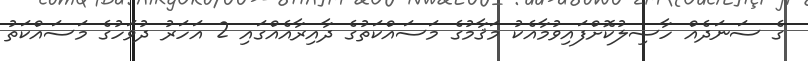
ގެ ސަނަދެއް ހާސިލުކޮށްފައިވުމާއެކު މަޤާމުގެ މަސައްކަތުގެ ދާއިރާއެއްގައި 2 އަހަރު ދުވަހުގެ މަސައްކަތު